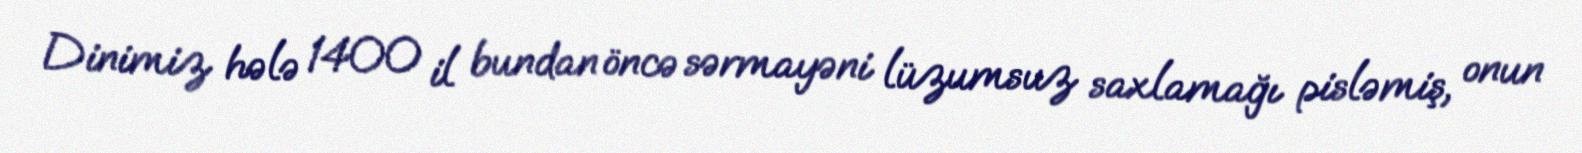
Dinimiz hələ 1400 il bundan öncə sərmayəni lüzumsuz saxlamağı pisləmiş, onun